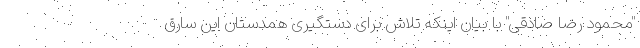
"محمود رضا صادقی" با بیان اینکه تلاش برای دستگیری همدستان این سارق